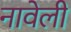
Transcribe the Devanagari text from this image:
नावेली